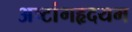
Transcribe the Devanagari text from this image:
अष्टांगहृदयम